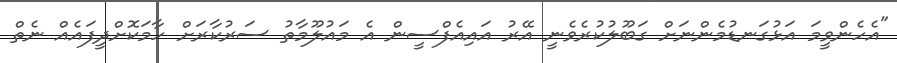
"އެހެންވީމަ އަޅުގަނޑުމެންނަށް ގަބޫލުކުރެވެނީ އޭރު އައިއެފްސީން އެ މައުލޫމާތު ސަރުކާރަށް ހާމަކޮށްދީފައެއް ނެތް